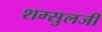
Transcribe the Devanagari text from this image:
शम्सुलजी